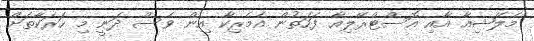
މެލޭޝިއާ އާއި އޮސްޓްރޭލިއާ ފަހަތުން އެމެރިކާ އިން ވެސް ދަނީ މި ހަރަކާތަށް